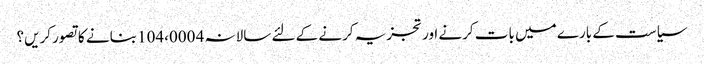
سیاست کے بارے میں بات کرنے اور تجزیہ کرنے کے لئے سالانہ 4 104،000 بنانے کا تصور کریں؟